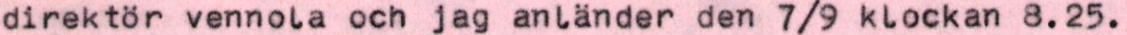
direktör vennola och jag anländer den 7/9 klockan 8.25.